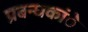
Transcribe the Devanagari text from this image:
प्रबन्धकांे